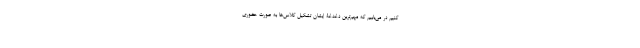
کنیم در می‌یابیم که مهم‌ترین دغدغۀ ایشان تشکیل کلاس‌ها به صورت حضوری